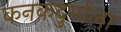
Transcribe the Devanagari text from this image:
कनकदुर्गाला